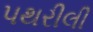
પથરીલી